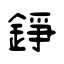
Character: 錚